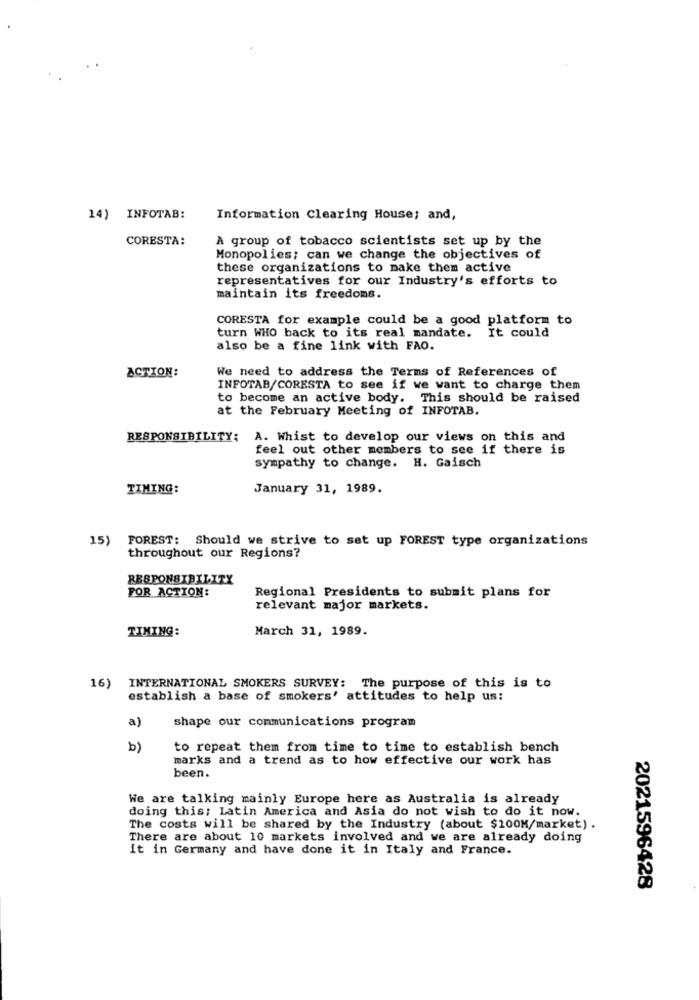
14) INFOTAB:
Information Clearing House; and,
CORESTA:
A group of tobacco scientists set up by the
Monopolies: can we change the objectives of
these organizations to make them active
representatives for our Industry's efforts to
maintain its freedoms.
CORESTA for example could be a good platform to
It could
turn WHO back to its real mandate.
also be a fine link with FAO.
We need to address the Terms of References of
ACTION:
INFOTAB/CORESTA to see if we want to charge them
to become an active body. This should be raised
at the February Meeting of INFOTAB.
RESPONSIBILITY; A. Whist to develop our views on this and
feel out other members to see if there is
sympathy to change. H. Gaisch
TIMING:
January 31, 1989.
15)
FOREST: Should we strive to set up FOREST type organizations
throughout our Regions?
RESPONSIBILITY
FOR ACTION:
Regional Presidents to submit plans for
relevant major markets.
TIMING:
March 31, 1989.
16)
INTERNATIONAL SMOKERS SURVEY: The purpose of this is to
establish a base of smokers' attitudes to help us:
a)
shape our communications program
b)
to repeat them from time to time to establish bench
marks and a trend as to how effective our work has
been.
We are talking mainly Europe here as Australia is already
doing this; Latin America and Asia do not wish to do it now.
The costs will be shared by the Industry (about $100M/market) .
There are about 10 markets involved and we are already doing
it in Germany and have done it in Italy and France.
2021596428